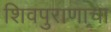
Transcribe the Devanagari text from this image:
शिवपुराणाचा